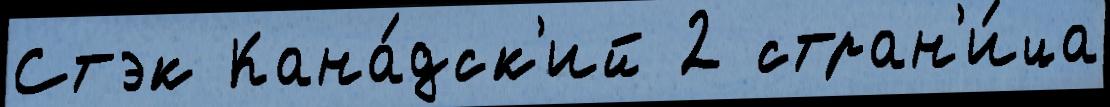
Стэк Кана́дск'ий 2 стран'и́ца